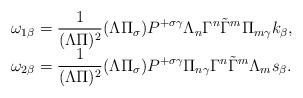
LaTeX: \begin{align*}\begin{array}{l} \omega_{1\beta}=\displaystyle\frac 1{(\Lambda\Pi)^2}(\Lambda\Pi_\sigma)P^{+\sigma\gamma}\Lambda_n\Gamma^n\tilde\Gamma^m\Pi_{m\gamma}k_\beta,\\\omega_{2\beta}=\displaystyle\frac 1{(\Lambda\Pi)^2}(\Lambda\Pi_\sigma)P^{+\sigma\gamma}\Pi_{n\gamma}\Gamma^n\tilde\Gamma^m \Lambda_ms_\beta.\end{array}\end{align*}